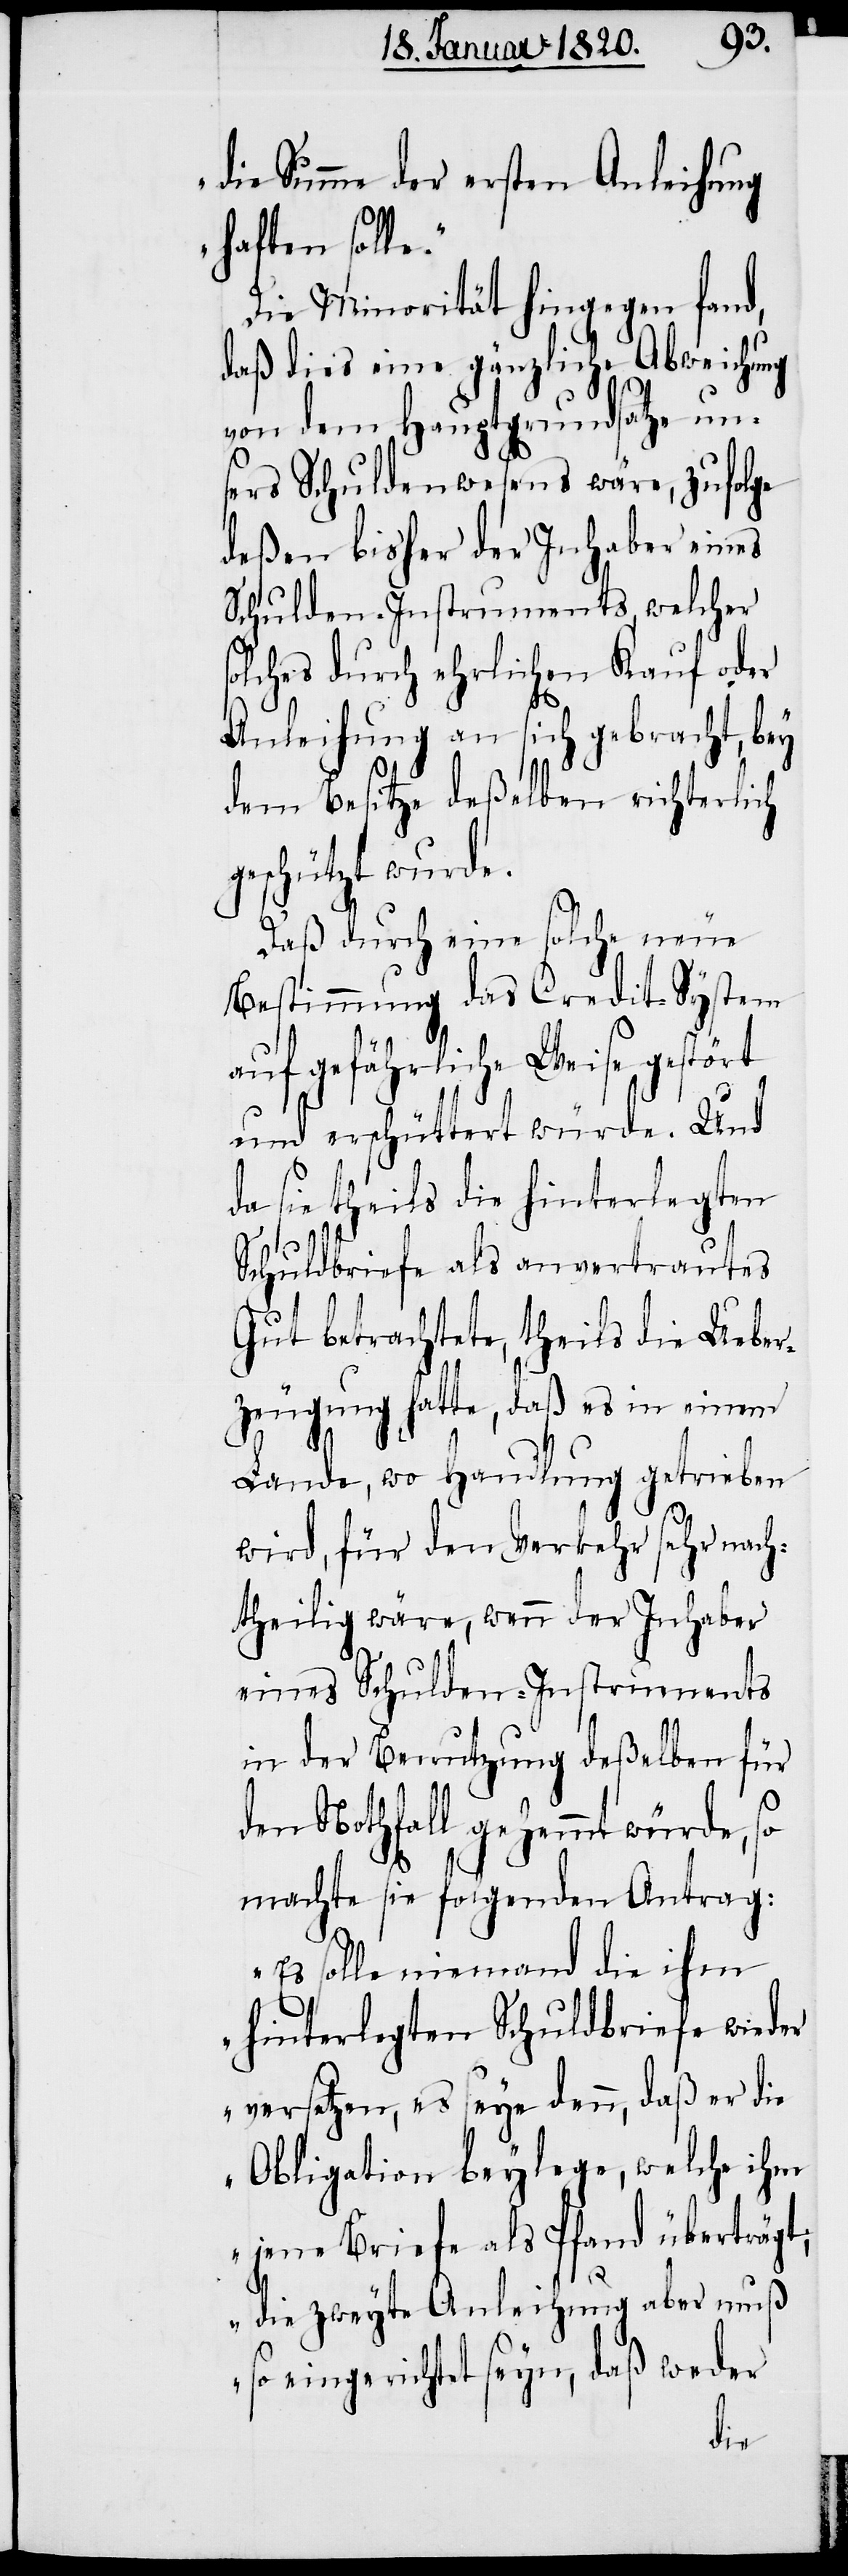
so¬
die Summe der ersten Anleihung
haften solle.“
Die Minorität hingegen fand,
daß dies eine gänzliche Abweichung
von dem Hauptgrundsatze un¬
sers Schuldenwesens wäre, zufolge
deßen bisher der Inhaber eines
Schulden-Instruments, welcher
lches durch ehrlichen Kauf oder
Anleihung an sich gebracht, bey
dem Besitze deßelben richterlich
geschützt wurde.
Daß durch eine solche neue
Bestimmung das Credit-System
auf gefährliche Weise gestört
und erschüttert würde. Und
da sie theils die hinterlegten
Schuldbriefe als anvertrautes
Gut betrachtete, theils die Ueber¬
zeugung hatte, daß es in einem
Lande, wo Handlung getrieben
wird, für den Verkehr sehr nach¬
theilig wäre, wenn der Inhaber
eines Schulden-Instruments
in der Benutzung deßelben für
den Nothfall gehemmt würde, so
machte sie folgenden Antrag:
„Es solle niemand die ihm
hinterlegten Schuldbriefe wieder¬
versetzen, es seye denn, daß er die
Obligation beylege, welche ihm
jene Briefe als Pfand überträgt;
die zweyte Anleihung aber muß
so eingerichtet seyn, daß weder